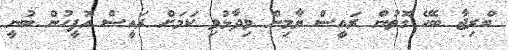
ބްރިޖާ ބެހޭ ގޮތުން ރައީސް ޔާމިން ވިދާޅުވި ކަމަށް ރައީސް އޮފީހުން ބުނީ